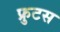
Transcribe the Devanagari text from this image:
फ्रुटस